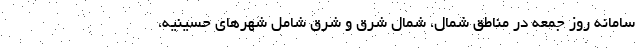
سامانه روز جمعه در مناطق شمال، شمال شرق و شرق شامل شهرهای حسینیه،